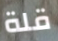
قلة